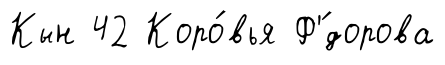
Кын 42 Коро́вья Ф'́дорова